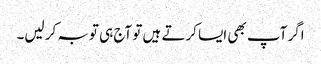
اگر آپ بھی ایسا کرتے ہیں تو آج ہی توبہ کر لیں۔